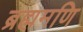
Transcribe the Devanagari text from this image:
ब्रह्ममणि